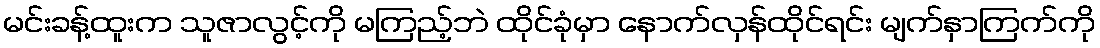
မင်းခန့်ထူးက သူဇာလွင့်ကို မကြည့်ဘဲ ထိုင်ခုံမှာ နောက်လှန်ထိုင်ရင်း မျက်နှာကြက်ကို